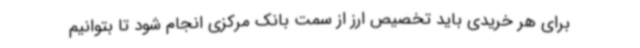
برای هر خریدی باید تخصیص ارز از سمت بانک مرکزی انجام شود تا بتوانیم